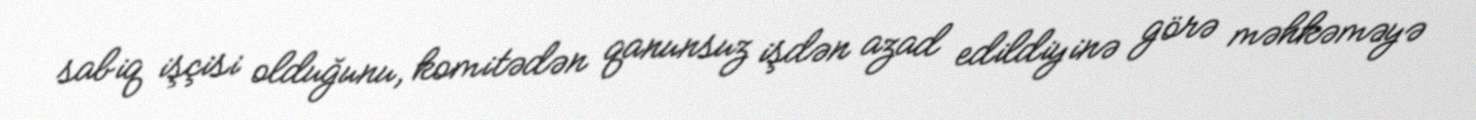
sabiq işçisi olduğunu, komitədən qanunsuz işdən azad edildiyinə görə məhkəməyə